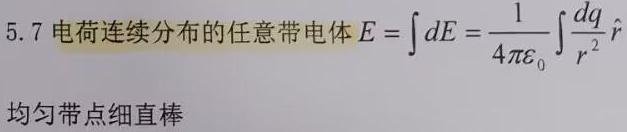
5.7 电荷连续分布的任意带电体$E = \int dE = \frac{1}{4\pi\varepsilon_{0}}\int\frac{dq}{r^{2}}\hat{r}$

均匀带点细直棒